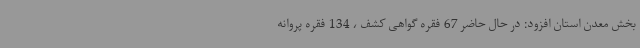
بخش معدن استان افزود: در حال حاضر 67 فقره گواهی کشف ، 134 فقره پروانه